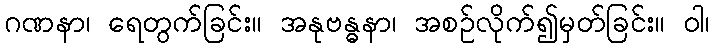
ဂဏနာ၊ ရေတွက်ခြင်း။ အနုဗန္ဓနာ၊ အစဉ်လိုက်၍မှတ်ခြင်း။ ဝါ၊